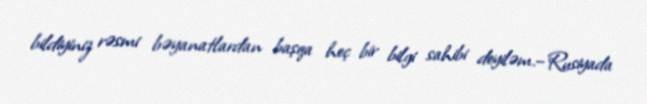
bildiyiniz rəsmi bəyanatlardan başqa heç bir bilgi sahibi deyiləm.– Rusiyada